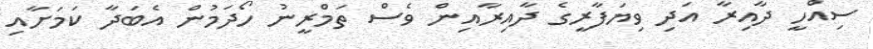
ސިއްހީ ދާއިރާ އަދި ވިޔަފާރީގެ ދާއިރާއިން ވެސް ތަމްރީނު ހޯދަމުން އެބަދާ ކަމަށާއި